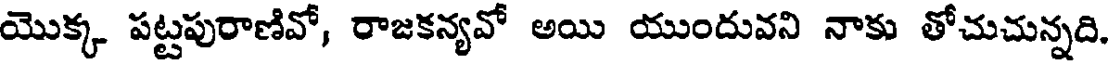
యొక్క పట్టపురాణివో, రాజకన్యవో అయి యుందువని నాకు తోచుచున్నది.